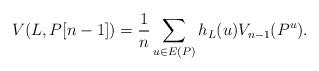
LaTeX: \begin{align*}V(L,P[n-1])=\frac{1}{n} \sum_{u \in E(P)} h_L(u) V_{n-1}(P^u).\end{align*}